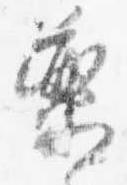
薬